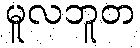
မူလဘူတ